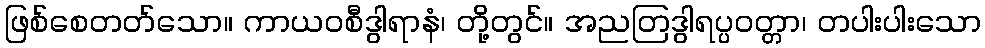
ဖြစ်စေတတ်သော။ ကာယဝစီဒွါရာနံ၊ တို့တွင်။ အညတြဒွါရပ္ပဝတ္တာ၊ တပါးပါးသော